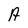
Character: A